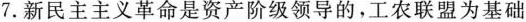
7.新民主主义革命是资产阶级领导的，工农联盟为基础